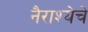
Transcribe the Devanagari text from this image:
नैराश्येचे